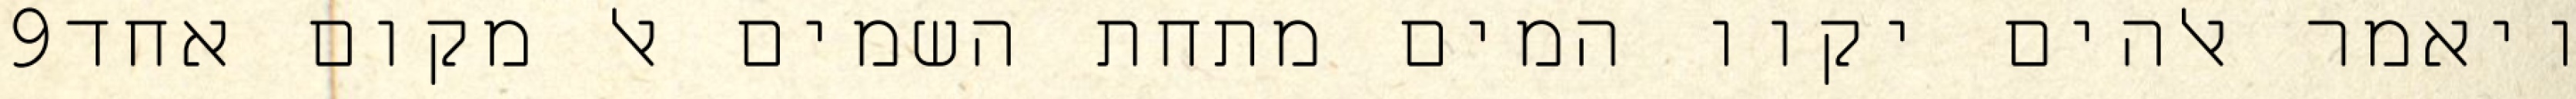
‎9‏ ויאמר אלהים יקוו המים מתחת השמים אל מקום אחד